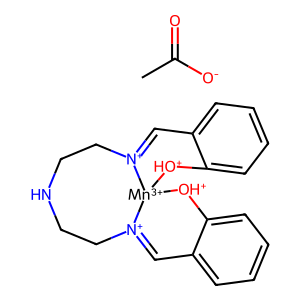
SMILES: C1=[N+]2CCNCC[N+]3=Cc4ccccc4[OH+][Mn+3]23[OH+]c2ccccc21.CC(=O)[O-]
Inhibits HIV replication: No